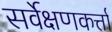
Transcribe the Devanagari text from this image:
सर्वेक्षणकर्त्ता